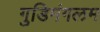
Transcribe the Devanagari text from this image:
गुडिमंगलम